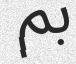
بم